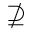
\nsupseteq